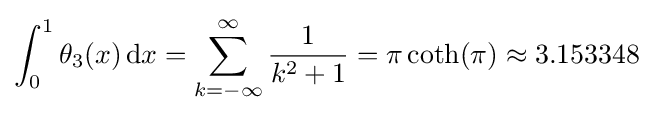
\int _{0}^{1}\theta _{3}(x)\,\mathrm {d} x=\sum _{k=-\infty }^{\infty }{\frac {1}{k^{2}+1}}=\pi \coth(\pi )\approx 3.153348